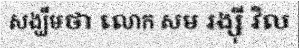
សង្ឃឹមថា លោក សម រង្ស៊ី វិល